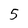
Character: 5